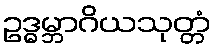
ဥဒ္ဓမ္ဘာဂိယသုတ္တံ